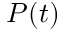
P ( t )